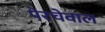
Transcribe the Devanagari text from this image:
पेरचेवाल